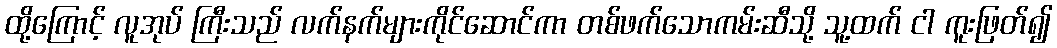
ထို့ကြောင့် လူအုပ် ကြီးသည် လက်နက်များကိုင်ဆောင်ကာ တစ်ဖက်သောကမ်းဆီသို့ သူ့ထက် ငါ ကူးဖြတ်၍